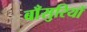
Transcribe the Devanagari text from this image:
बाँसुरियों